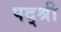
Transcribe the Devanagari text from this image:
पद्श्री